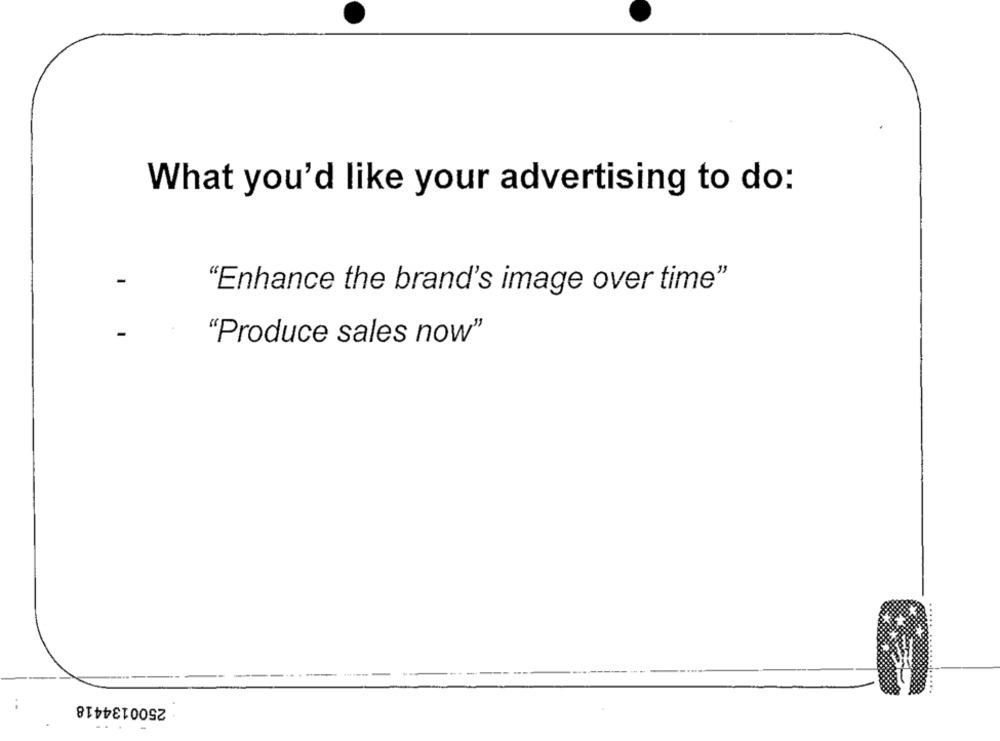
What you'd like your advertising to do:
-
"Enhance the brand's image over time"
-
"Produce sales now"
2500134418
--